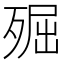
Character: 𣨢